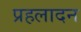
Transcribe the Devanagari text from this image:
प्रहलादन